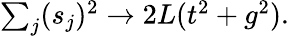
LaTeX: \begin{array}{r}{\sum_{j}(s_{j})^{2}\to 2L(t^{2}+g^{2}).}\end{array}